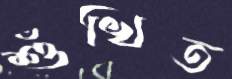
শুঁখিত